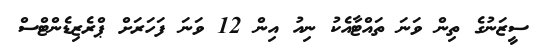
ސީޒަނުގެ ތިން ވަނަ ތައްޓާއެކު ނިއު އިން 12 ވަނަ ފަހަރަށް ޕްރެޒިޑެންޓްސް